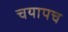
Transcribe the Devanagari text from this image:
चयापच